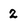
Character: 2